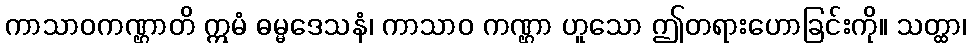
ကာသာဝကဏ္ဌာတိ ဣမံ ဓမ္မဒေသနံ၊ ကာသာဝ ကဏ္ဌာ ဟူသော ဤတရားဟောခြင်းကို။ သတ္ထာ၊